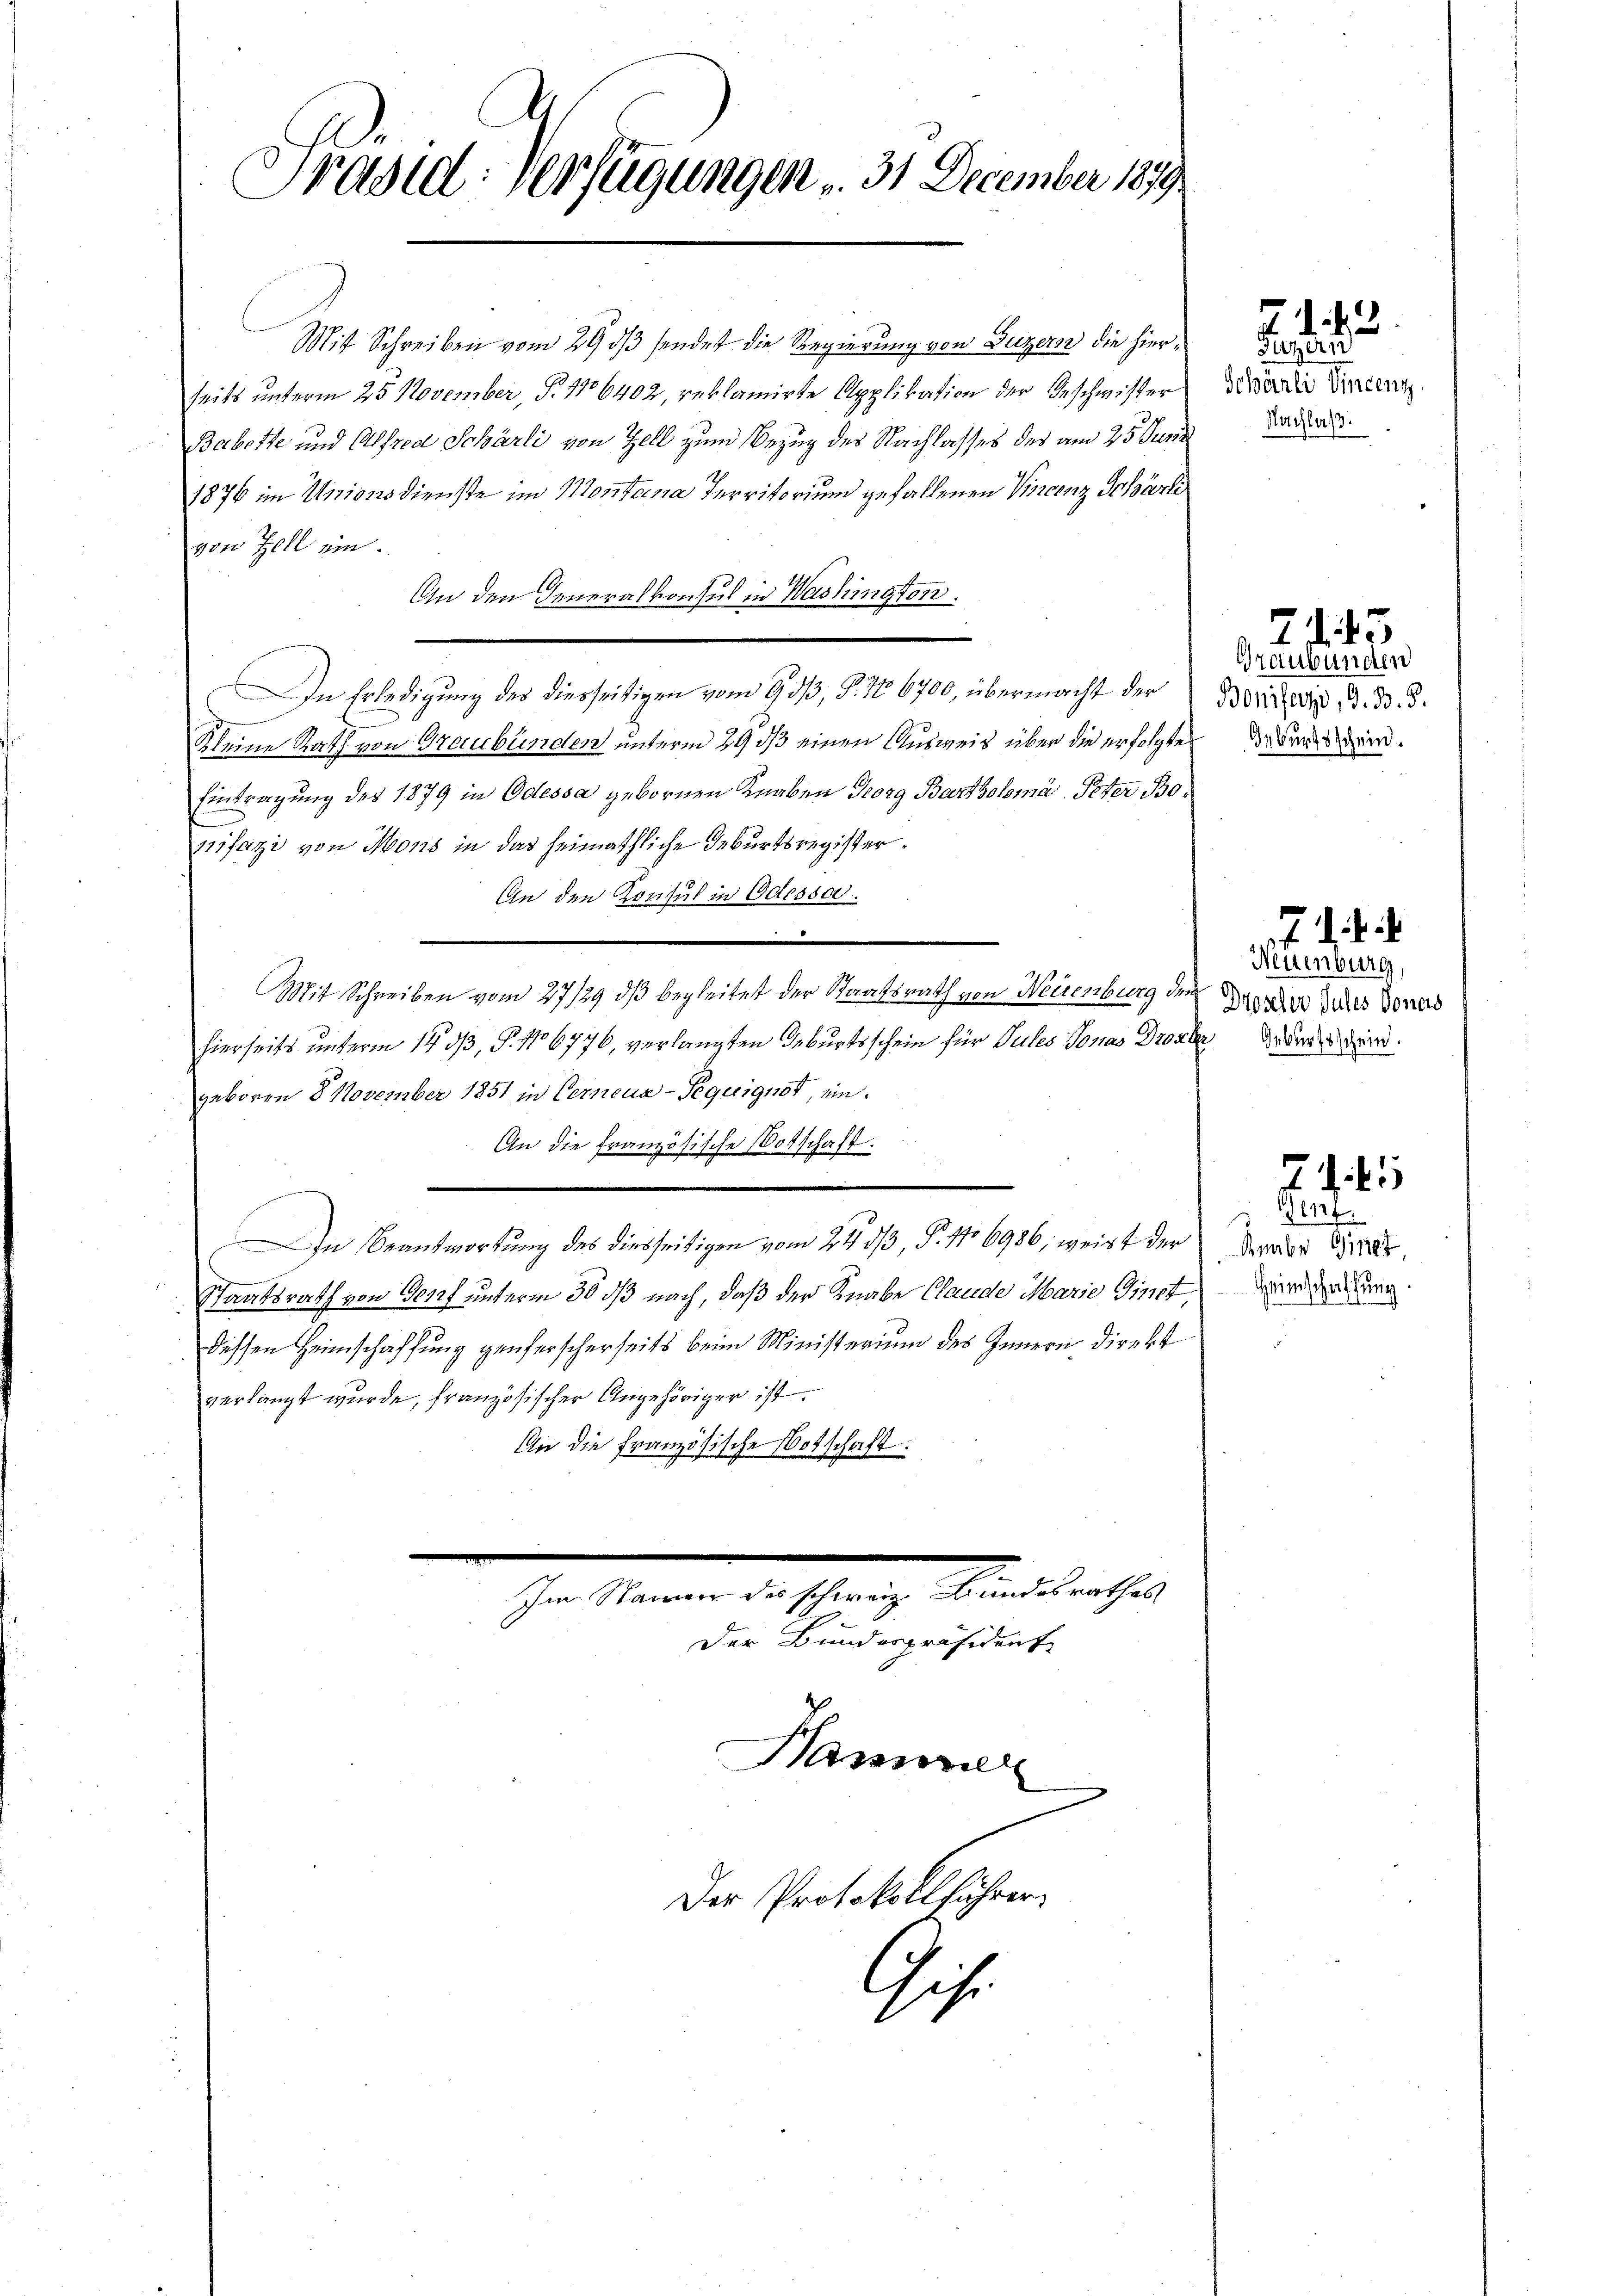
Präsid. Verfügungen v. 31 December 1879.

Mit Schreiben vom 29 dß sendet die Regierung von Luzern die hierseits unterm 25. November, P. 1106402, reklamirte Applikation der Geschwister
Babette und Alfred Schärli von Zell zum Bezug des Nachlasses der am 25. Junii
1876 im Unionsdienste im Montana Territorium gefallenen Vincenz Schärli
von Zell ein.
An den Generalkonsul in Washington.
n Erledigung des diesseitigen vom 9. 53, § 106700, übermacht der
Kleine Rath von Graubünden unterm 29 dß einen Ausweis über die erfolgte
Eintragung des 1879 in Odessa gebornen Knaben Georg Bartholomá, Peter Bopifazi von Mons in das heimathliche Geburtsregister.
An den Konsul in Odessa
—
e
Mit Schreiben vom 27/29. dβ begleitet der Staatsrath von Weisenburg dem
hierseits unterm 14. dβ, P. 106776, verlangten Geburtsschein für Pules Jonas Drost
geboren 8 November 1851 in Verneua-Pequignot, ein¬
An die Französische Vorschaft:
In Beantwortung des diesseitigen vom 24. dß, P. 16986, weist der
Staatsrath von Genf unterm 30 dß nach, daß der Knabe Claude Marie Ginst,
dessen Heimschaffung genferscherseits beim Ministerium des Innern direkt
verlangt wurde, französischer Angehöriger ist.
An die französische Botschaft:
.
Im Namen des schweiz. Bundesrathes
Der Bundespräsidente

Der Protokollführer

Hammer

Gise

Fitzern
Schärnli Vincenz
Nachlaß.

71. 2.

Graubünden
Bonifazi, G. B. 5.
Geburtsschein.

.45

Neuenburg,
Droscher Jules Jonas
2 Geburtsschein.

2

den
Rmbr 1779/
Heimschaffung.